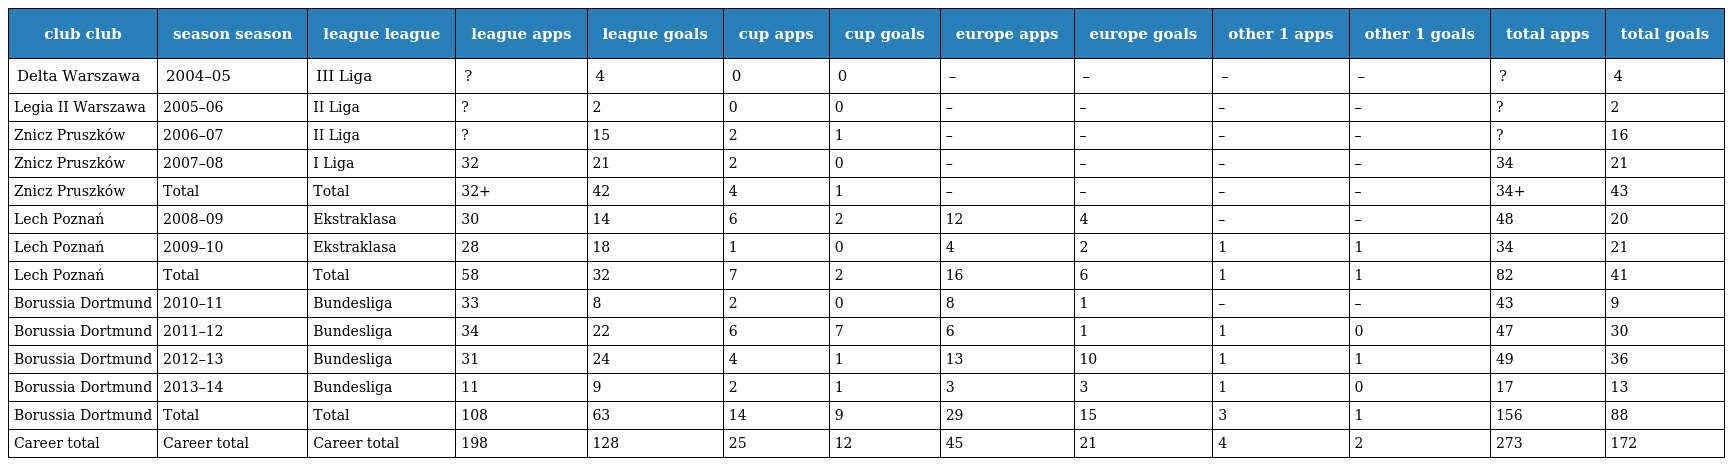
| club club | season season | league league | league apps | league goals | cup apps | cup goals | europe apps | europe goals | other 1 apps | other 1 goals | total apps | total goals |
 | --- | --- | --- | --- | --- | --- | --- | --- | --- | --- | --- | --- | --- |
 | Delta Warszawa | 2004–05 | III Liga | ? | 4 | 0 | 0 | – | – | – | – | ? | 4 |
 | Legia II Warszawa | 2005–06 | II Liga | ? | 2 | 0 | 0 | – | – | – | – | ? | 2 |
 | Znicz Pruszków | 2006–07 | II Liga | ? | 15 | 2 | 1 | – | – | – | – | ? | 16 |
 | Znicz Pruszków | 2007–08 | I Liga | 32 | 21 | 2 | 0 | – | – | – | – | 34 | 21 |
 | Znicz Pruszków | Total | Total | 32+ | 42 | 4 | 1 | – | – | – | – | 34+ | 43 |
 | Lech Poznań | 2008–09 | Ekstraklasa | 30 | 14 | 6 | 2 | 12 | 4 | – | – | 48 | 20 |
 | Lech Poznań | 2009–10 | Ekstraklasa | 28 | 18 | 1 | 0 | 4 | 2 | 1 | 1 | 34 | 21 |
 | Lech Poznań | Total | Total | 58 | 32 | 7 | 2 | 16 | 6 | 1 | 1 | 82 | 41 |
 | Borussia Dortmund | 2010–11 | Bundesliga | 33 | 8 | 2 | 0 | 8 | 1 | – | – | 43 | 9 |
 | Borussia Dortmund | 2011–12 | Bundesliga | 34 | 22 | 6 | 7 | 6 | 1 | 1 | 0 | 47 | 30 |
 | Borussia Dortmund | 2012–13 | Bundesliga | 31 | 24 | 4 | 1 | 13 | 10 | 1 | 1 | 49 | 36 |
 | Borussia Dortmund | 2013–14 | Bundesliga | 11 | 9 | 2 | 1 | 3 | 3 | 1 | 0 | 17 | 13 |
 | Borussia Dortmund | Total | Total | 108 | 63 | 14 | 9 | 29 | 15 | 3 | 1 | 156 | 88 |
 | Career total | Career total | Career total | 198 | 128 | 25 | 12 | 45 | 21 | 4 | 2 | 273 | 172 |